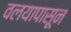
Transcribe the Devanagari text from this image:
वलयापासून